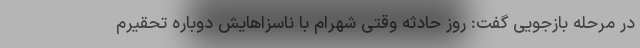
در مرحله بازجویی گفت: روز حادثه وقتی شهرام با ناسزاهایش دوباره تحقیرم